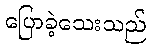
ပြောခဲ့သေးသည်